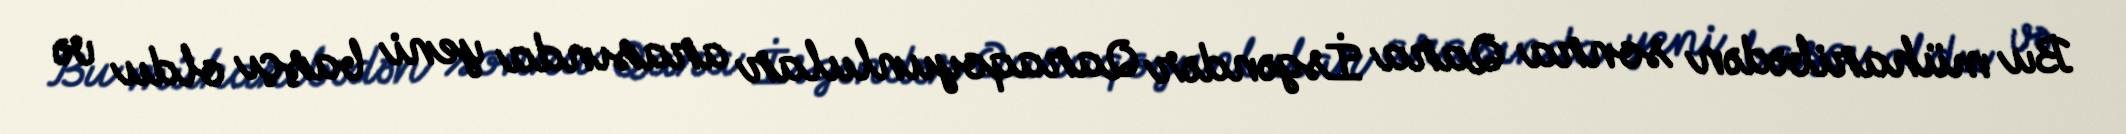
Bu müharibədən sonra Qara İsgəndər Qaraqoyunlular arasında yeni başçı oldu və